Civil Veterinary Dept. North-West Frontier Province 1901-22 - 1901-1922
Year: 1901
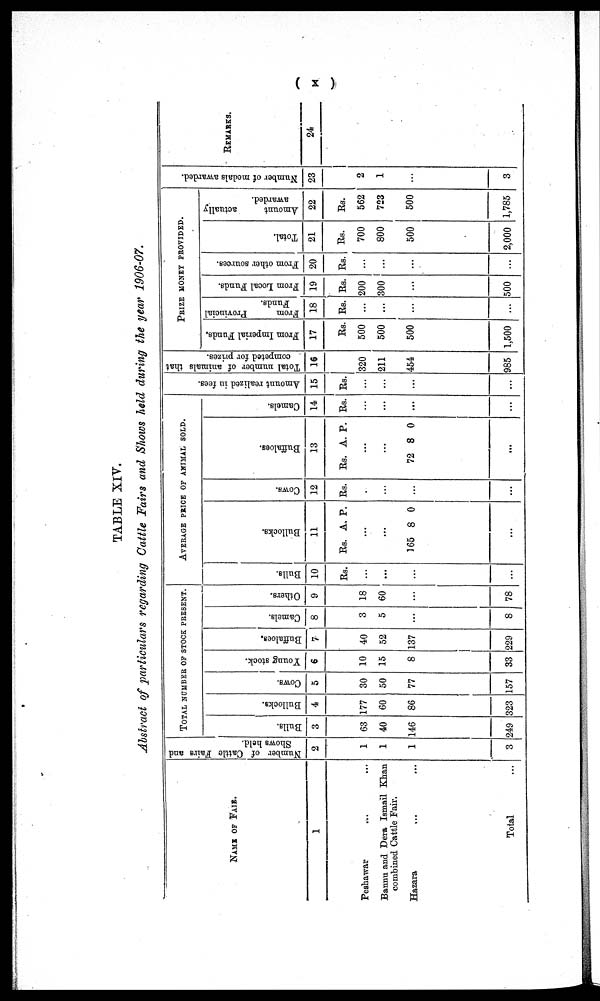
(x)
TABLE XIV.
Abstract of particulars regarding Cattle Fairs and Shows held during the year 1906-07.
NAME OF FAIR.
1
Peshawar ... ...
Bannu and Dera Ismail Khan
combined Cattle Fair.
Hazara ... ...
Total ...
Number of Cattle Fairs and
Shows held.
2
1
1
1
3
TOTAL NUMBER OF STOCK PRESENT.
Bulls.
3
63
40
146
249
Bullocks.
4
177
60
86
323
Cows.
5
30
50
77
157
Young stock.
6
10
15
8
33
Buffaloes.
7
40
52
137
229
Camels.
8
3
5
...
8
Others.
9
18
60
...
78
AVERAGE PRICE OF ANIMAL SOLD.
Bulls.
10
Rs.
...
...
...
...
Bullocks.
11
Rs.
...
...
165
A.
8
P.
0
Cows.
12
Rs.
...
...
...
...
Buffaloes.
13
Rs.
...
...
72
...
A.
8
P.
0
Camels.
14
Rs.
...
...
...
...
Amount realized in fees.
15
Rs.
...
...
...
...
Total number of animals that
competed for prizes.
16
320
211
454
985
PRIZE MONEY PROVIDED.
From Imperial Funds.
17
Rs.
500
500
500
1,500
From
Provincial
Funds.
18
Rs.
...
...
...
...
From Local Funds.
19
Rs.
200
300
...
500
From other sources.
20
Rs.
...
...
...
...
Total.
21
Rs.
700
800
500
2,000
Amount
actually
awarded.
22
Rs.
562
723
500
1,785
Number of medals awarded.
23
2
1
...
3
REMARKS.
24